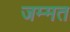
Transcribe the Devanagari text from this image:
जम्‍मत